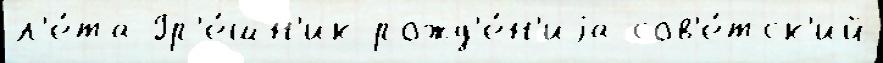
л'е́та Гр'е́шн'ик рожд'е́н'иjа сов'е́тск'ий